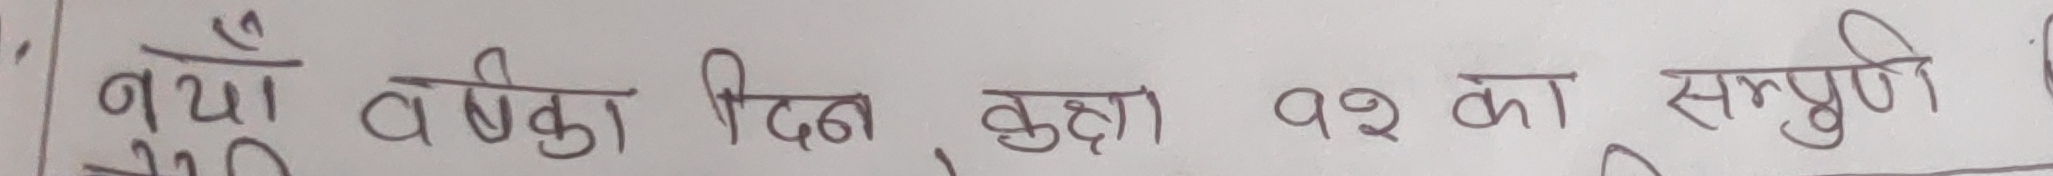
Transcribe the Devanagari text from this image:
नयाँ वर्षको दिन कक्षा १२ को सम्पुर्ण